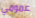
عمومي